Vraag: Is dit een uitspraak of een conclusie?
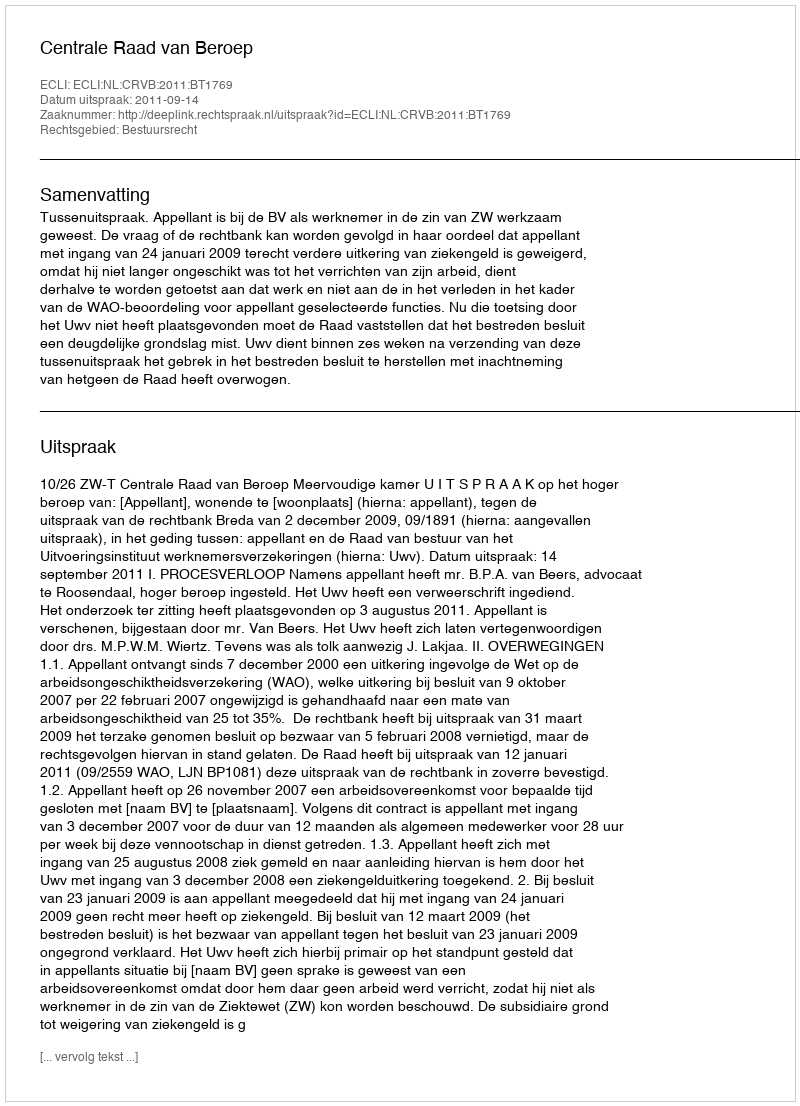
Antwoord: Uitspraak